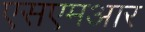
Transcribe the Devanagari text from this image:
एसएमआर